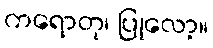
ကရောတု၊ ပြုလော့။